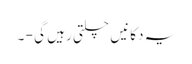
یہ دکانیں چلتی رہیں گی - ۔